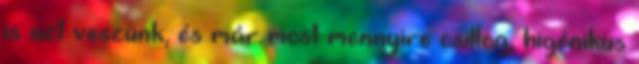
is azt veszünk, és már most mennyire csillog, higénikus